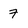
Character: 7